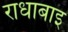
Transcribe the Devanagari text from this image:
राधाबाइ